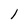
Character: 1